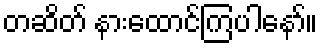
တဆိတ် နားထောင်ကြပါနော်။